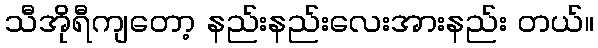
သီအိုရီကျတော့ နည်းနည်းလေးအားနည်း တယ်။